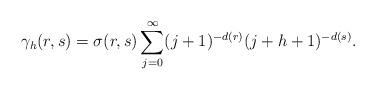
LaTeX: \begin{align*}\gamma_h(r,s)=\sigma(r,s)\sum_{j=0}^\infty(j+1)^{-d(r)}(j+h+1)^{-d(s)}.\end{align*}